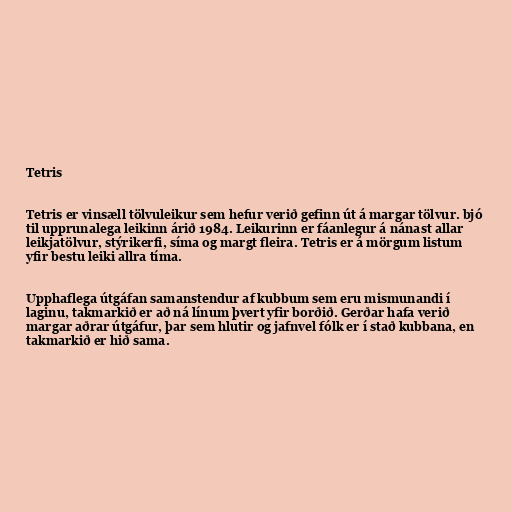
Tetris

Tetris er vinsæll tölvuleikur sem hefur verið gefinn út á margar tölvur. bjó
til upprunalega leikinn árið 1984. Leikurinn er fáanlegur á nánast allar
leikjatölvur, stýrikerfi, síma og margt fleira. Tetris er á mörgum listum
yfir bestu leiki allra tíma.

Upphaflega útgáfan samanstendur af kubbum sem eru mismunandi í
laginu, takmarkið er að ná línum þvert yfir borðið. Gerðar hafa verið
margar aðrar útgáfur, þar sem hlutir og jafnvel fólk er í stað kubbana, en
takmarkið er hið sama.